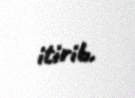
itirib.